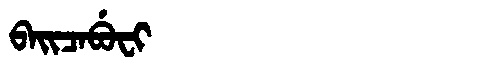
Manchu: ᠪᠠᡳᠴᠠᠪᡠᠸᡳ
Romanization: BAICABUFI